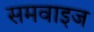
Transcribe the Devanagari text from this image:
समवाइज